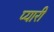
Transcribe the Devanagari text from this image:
प्‍यारी